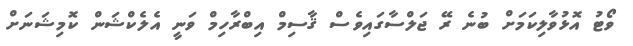
ވޯޓު އޮޅުވާލިކަމަށް ބުނެ ރޭ ޖަލްސާގައިވެސް ޤާސިމް އިބްރާހިމް ވަނީ އެލެކްޝަން ކޮމިޝަނަށް